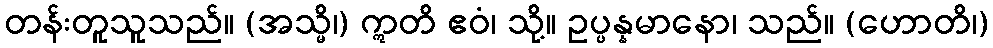
တန်းတူသူသည်။ (အသ္မိ၊) ဣတိ ဧဝံ၊ သို့။ ဥပ္ပန္နမာနော၊ သည်။ (ဟောတိ၊)